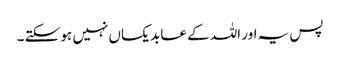
پس یہ اور اللہ کے عابد یکساں نہیں ہو سکتے ۔